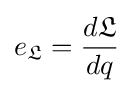
e_{\mathfrak {L}}={\frac {d{\mathfrak {L}}}{dq}}